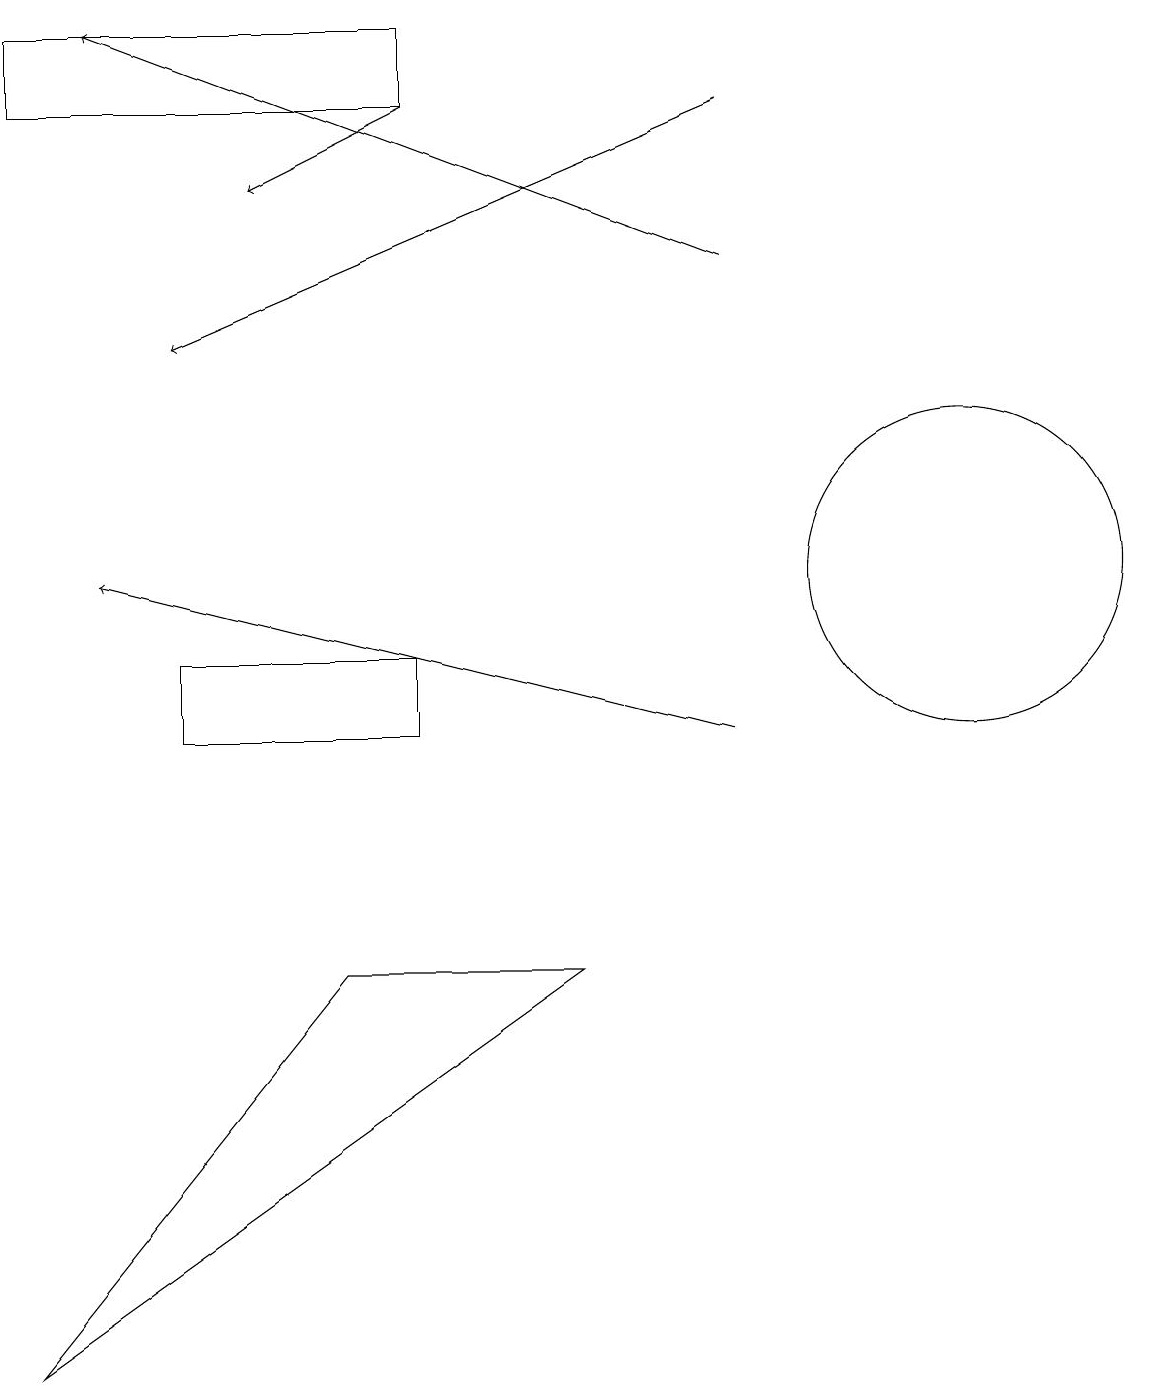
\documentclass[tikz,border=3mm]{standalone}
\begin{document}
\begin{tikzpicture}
\draw (5,18) rectangle (0,19);
\draw[->] (9,10) -- (1,12);
\draw (12,12) circle (2);
\draw (4,7) -- (0,2) -- (7,7) -- cycle;
\draw[->] (9,18) -- (2,15);
\draw (5,11) rectangle (2,10);
\draw[->] (9,16) -- (1,19);
\draw[->] (5,18) -- (3,17);
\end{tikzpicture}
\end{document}